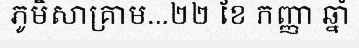
ភូមិសាគ្រាម...២២ ខែ កញ្ញា ឆ្នាំ